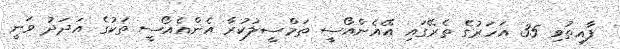
ފާއިތުވި 35 އަހަރުގެ ތެރޭގައި އޭއެންއޯސީ ތަމްސީލުކުރާ އެންއެއޯސީ ތަކުގެ އަދަދު ވަނީ